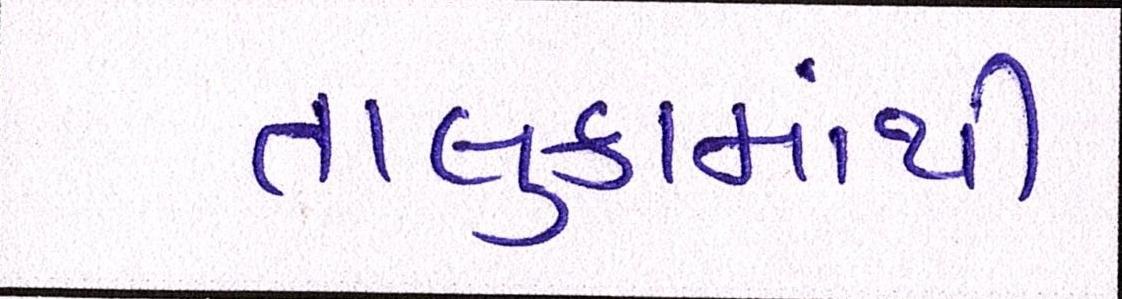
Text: તાલુકામાંથી